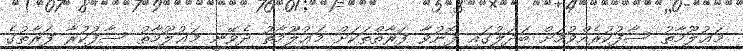
މަޢުލޫމާތު ސާފުކުރެއްވުމަށް ބަދަލުގައި ފޮނުވާ ފަރާތްތަކަށް މަޢުލޫމާތު ދެވޭނީ މަޢުލޫމާތު ސާފުކުރާ ފަރާތުގެ